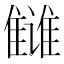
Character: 雠